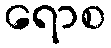
ရောစ